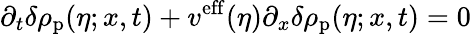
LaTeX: \partial_{t}\delta\rho_{\mathrm{p}}(\eta;x,t)+v^{\mathrm{eff}}(\eta)\partial_{x}\delta\rho_{\mathrm{p}}(\eta;x,t)=0